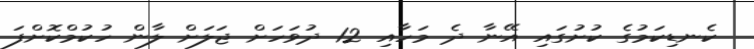
ކެނޑިކަމުގެ ކުށުގައި އޭނާ ދެ މަހާއި 12 ދުވަހަށް ޖަލަށް ލާން ހުކުމްކޮށްފަ